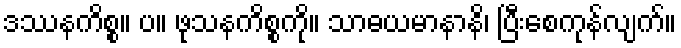
ဒဿနကိစ္စ။ ပ။ ဖုသနကိစ္စကို။ သာဓယမာနာနိ၊ ပြီးစေကုန်လျက်။